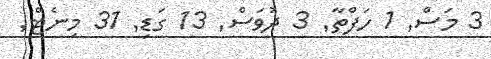
3 މަސް